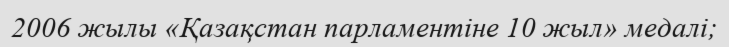
2006 жылы «Қазақстан парламентіне 10 жыл» медалі;